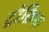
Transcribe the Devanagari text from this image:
ट्रौफ़िक